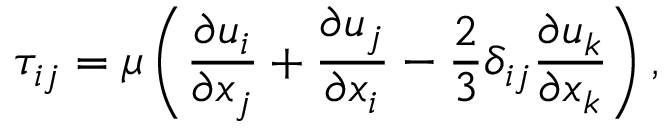
\tau _ { i j } = \mu \left( \frac { \partial u _ { i } } { \partial x _ { j } } + \frac { \partial u _ { j } } { \partial x _ { i } } - \frac { 2 } { 3 } \delta _ { i j } \frac { \partial u _ { k } } { \partial x _ { k } } \right) ,